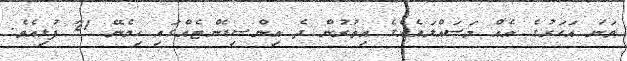
ވަނަ އަހަރުގެ އެއް މަސައްލައެއްގެ އިތުރުން ދެ އިންސިޑެންޓެއްގައި ހިމެނޭ 21 ފުޅިއެވެ.